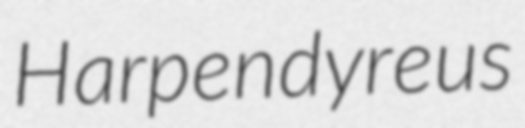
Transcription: Harpendyreus